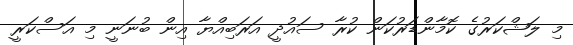
މި ލަޝްކަރުގެ ކޮމާންޑަރުކަން ކުރާ ސައުދީ އަރަބިއްޔާ އިން ބުނަނީ މި އަސްކަރީ